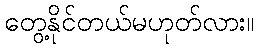
တွေ့နိုင်တယ်မဟုတ်လား။